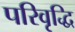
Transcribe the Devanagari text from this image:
परिवृद्धि